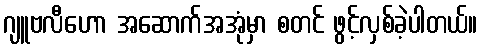
ဂျူဗလီဟော အဆောက်အအုံမှာ စတင် ဖွင့်လှစ်ခဲ့ပါတယ်။